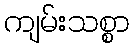
ကျမ်းသစ္စာ